Report of the Indian Hemp Drugs Commission, 1894-1895 - Volume III
Year: 1894
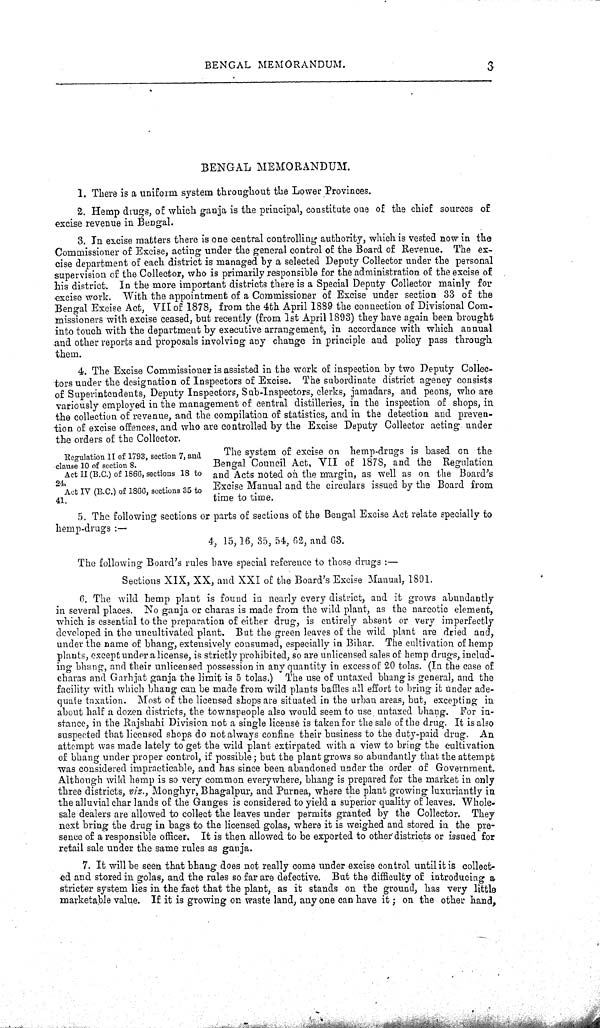
BENGAL MEMORANDUM.
3
Regulation II of 1793, section 7, and
clause 10 of section 8.
Act II (B.C.) of 1866, sections 18 to
24.
Act IV (B.C.) of 1866, sections 35 to
41.
BENGAL MEMORANDUM.
1. There is a uniform system throughout the Lower Provinces.
2. Hemp drugs, of which ganja is the principal, constitute one of the chief sources of
excise revenue in Bengal.
3. In excise matters there is one central controlling authority, which is vested now in the
Commissioner of Excise, acting under the general control of the Board of Revenue. The ex-
cise department of each district is managed by a selected Deputy Collector under the personal
supervision of the Collector, who is primarily responsible for the administration of the excise of
his district. In the more important districts there is a Special Deputy Collector mainly for
excise work. With the appointment of a Commissioner of Excise under section 33 of the
Bengal Excise Act, VII of 1878, from the 4th April 1889 the connection of Divisional Com-
missioners with excise ceased, but recently (from 1st April 1893) they have again been brought
into touch with the department by executive arrangement, in accordance with which annual
and other reports and proposals involving any change in principle and policy pass through
them.
4. The Excise Commissioner is assisted in the work of inspection by two Deputy Collec-
tors under the designation of Inspectors of Excise. The subordinate district agency consists
of Superintendents, Deputy Inspectors, Sub-Inspectors, clerks, jamadars, and peons, who are
variously employed in the management of central distilleries, in the inspection of shops, in
the collection of revenue, and the compilation of statistics, and in the detection and preven-
tion of excise offences, and who are controlled by the Excise Deputy Collector acting under
the orders of the Collector.
The system of excise on hemp-drugs is based on the
Bengal Council Act, VII of 1878, and the Regulation
and Acts noted on the margin, as well as on the Board's
Excise Manual and the circulars issued by the Board from
time to time.
5. The following sections or parts of sections of the Bengal Excise Act relate specially to
hemp-drugs:—
4, 15, 16, 35, 54, 62, and 63.
The following Board's rules have special reference to those drugs:—
Sections XIX, XX, and XXI of the Board's Excise Manual, 1891.
6. The wild hemp plant is found in nearly every district, and it grows abundantly
in several places. No ganja or charas is made from the wild plant, as the narcotic element,
which is essential to the preparation of either drug, is entirely absent or very imperfectly
developed in the uncultivated plant. But the green leaves of the wild plant are dried and,
under the name of bhang, extensively consumed, especially in Bihar. The cultivation of hemp
plants, except under a license, is strictly prohibited, so are unlicensed sales of hemp drugs, includ-
ing bhang, and their unlicensed possession in any quantity in excess of 20 tolas. (In the case of
charas and Garhjat ganja the limit is 5 tolas.) The use of untaxed bhang is general, and the
facility with which bhang can be made from wild plants baffles all effort to bring it under ade-
quate taxation. Most of the licensed shops are situated in the urban areas, but, excepting in
about half a dozen districts, the townspeople also would seem to use untaxed bhang. For in-
stance, in the Rajshahi Division not a single license is taken for the sale of the drug. It is also
suspected that licensed shops do not always confine their business to the duty-paid drug. An
attempt was made lately to get the wild plant extirpated with a view to bring the cultivation
of bhang under proper control, if possible; but the plant grows so abundantly that the attempt
was considered impracticable, and has since been abandoned under the order of Government.
Although wild hemp is so very common everywhere, bhang is prepared for the market in only
three districts, viz., Monghyr, Bhagalpur, and Purnea, where the plant growing luxuriantly in
the alluvial char lands of the Ganges is considered to yield a superior quality of leaves. Whole-
sale dealers are allowed to collect the leaves under permits granted by the Collector. They
next bring the drug in bags to the licensed golas, where it is weighed and stored in the pre-
sence of a responsible officer. It is then allowed to be exported to other districts or issued for
retail sale under the same rules as ganja.
7. It will be seen that bhang does not really come under excise control until it is collect-
ed and stored in golas, and the rules so far are defective. But the difficulty of introducing a
stricter system lies in the fact that the plant, as it stands on the ground, has very little
marketable value. If it is growing on waste land, any one can have it; on the other hand,